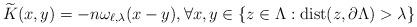
LaTeX: \begin{align*}\widetilde{K}(x,y) = -n\omega_{\ell,\lambda}(x-y), \forall x,y\in \{z\in \Lambda : {\rm dist}(z,\partial \Lambda) > \lambda\}\end{align*}